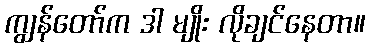
ကျွန်တော်က ဒါ မျိုး လိုချင်နေတာ။